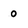
Character: O